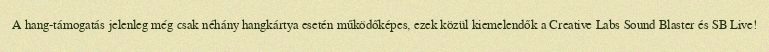
A hang-támogatás jelenleg még csak néhány hangkártya esetén működőképes, ezek közül kiemelendők a Creative Labs Sound Blaster és SB Live!